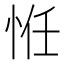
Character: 㤛